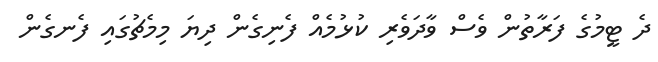
ދެ ޓީމުގެ ފަރާތުން ވެސް ވާދަވެރި ކުޅުމެއް ފެނިގެން ދިޔަ މިމެޗުގައި ފެނގެން